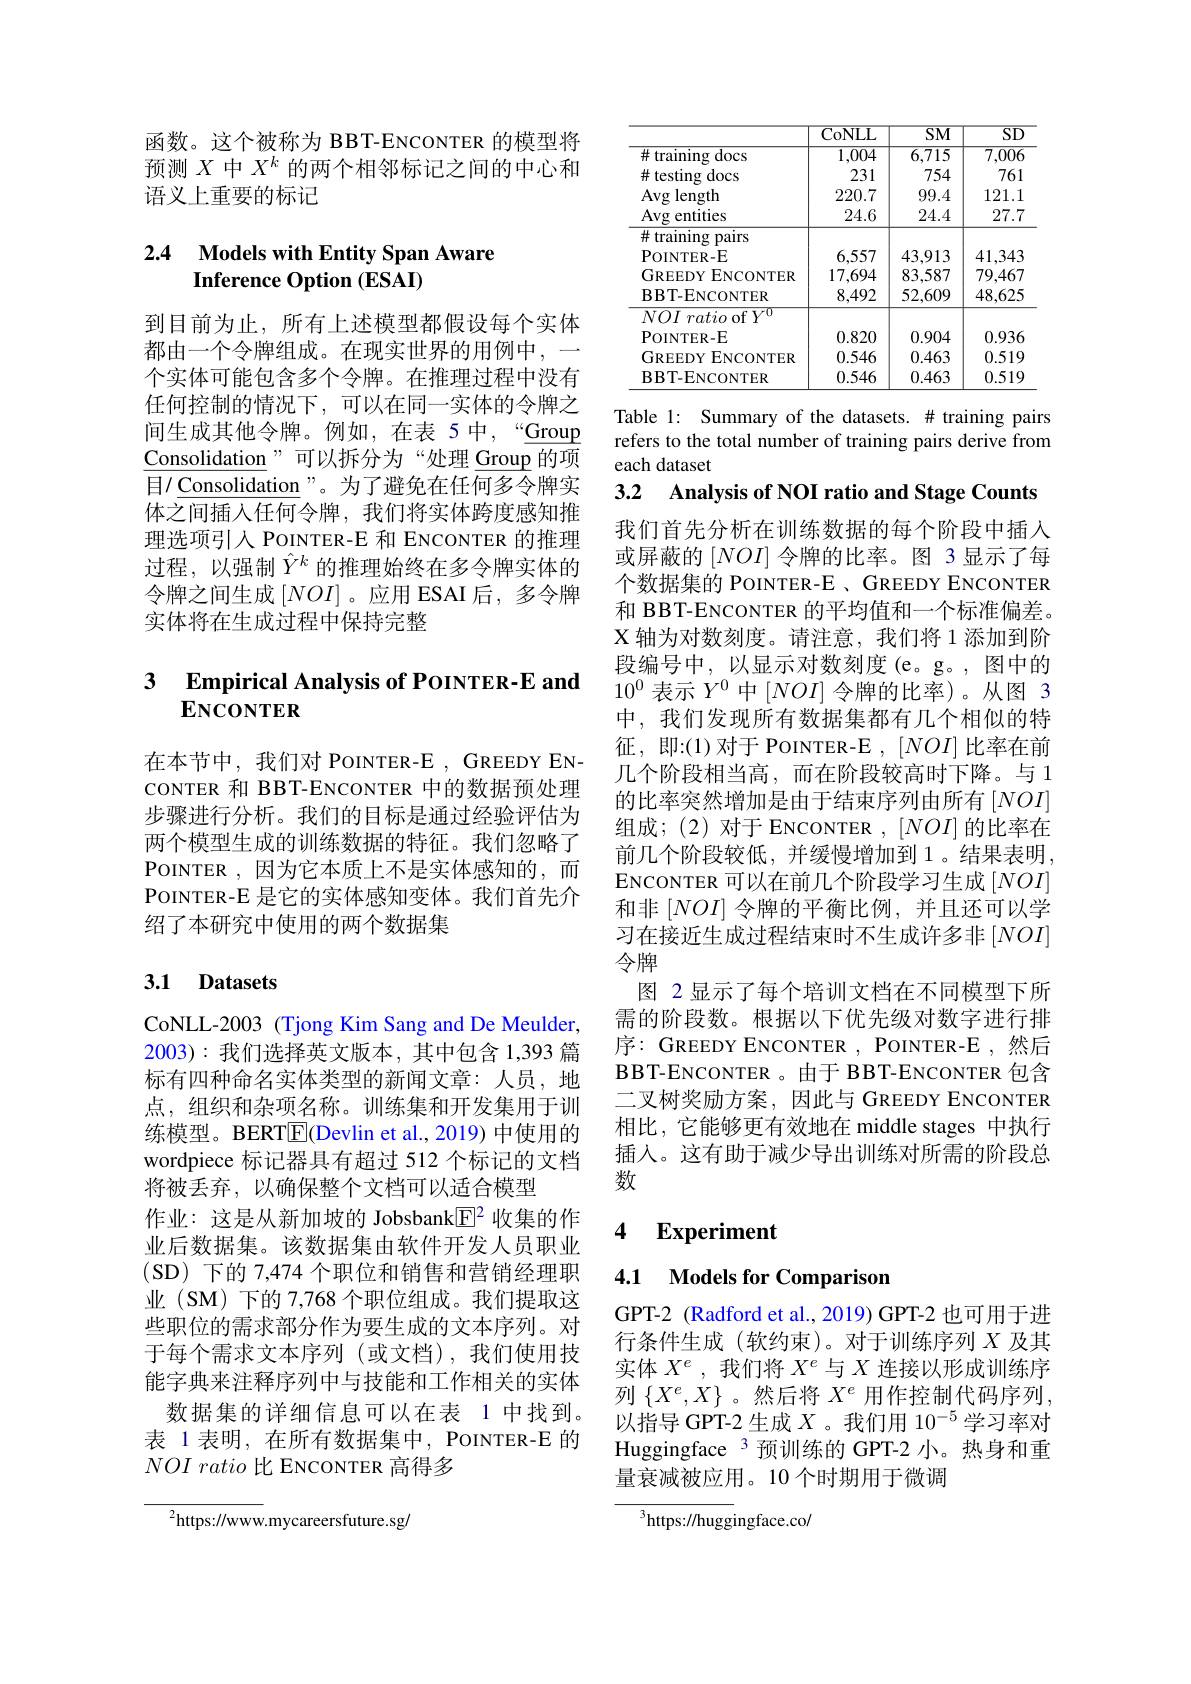
函数。这个被称为 BBT-ENCONTER 的模型将预测$X$中$X^k$的两个相邻标记之间的中心和语义上重要的标记

## 2.4 Models with Entity Span Aware Inference Option (ESAI)

到目前为止，所有上述模型都假设每个实体都由一个令牌组成。在现实世界的用例中，一个实体可能包含多个令牌。在推理过程中没有任何控制的情况下，可以在同一实体的令牌之间生成其他令牌。例如，在表 5中，“Group $\underline{\text{Consolidation"可以拆分为“处理}\underline{\text{Group }}}$的项目/ Consolidation”。为了避免在任何多令牌实体之间插入任何令牌，我们将实体跨度感知推理选项引人 POINTER-E 和 ENCONTER 的推理过程，以强制$\hat{Y}^k$的推理始终在多令牌实体的令牌之间生成$\left[NOI\right]$。应用 ESAI后，多令牌实体将在生成过程中保持完整

### 3 $\textbf{Empirical Analvsis of PoINTER- E and}$ ENCONTER

在本节中，我们对 POINTER-E , GREEDY ENCONTER 和 BBT-ENCONTER 中的数据预处理步骤进行分析。我们的目标是通过经验评估为两个模型生成的训练数据的特征。我们忽略了POINTER ,因为它本质上不是实体感知的，而POINTER-E 是它的实体感知变体。我们首先介绍了本研究中使用的两个数据集

## 3.1 Datasets

CoNLL-2003 (Tjong Kim Sang and De Meulder, 2003):我们选择英文版本，其中包含 1,393 篇标有四种命名实体类型的新闻文章：人员，地点，组织和杂项名称。训练集和开发集用于训练模型。BERT$\boxed{\mathrm{F}}$(Devlin et al., 2019) 中使用的wordpiece 标记器具有超过 512 个标记的文档将被丢弃，以确保整个文档可以适合模型
作业：这是从新加坡的 Jobsbank$\underline{\mathrm{E}}^{2}$收集的作业后数据集。该数据集由软件开发人员职业(SD)下的 7,474 个职位和销售和营销经理职业 (SM) 下的 7,768 个职位组成。我们提取这些职位的需求部分作为要生成的文本序列。对于每个需求文本序列(或文档),我们使用技能字典来注释序列中与技能和工作相关的实体
数据集的详细信息可以在表 1 中找到。表 1 表明，在所有数据集中，POINTER-E 的$NOI\textit{ratio 比 ENCONTER 高 得 多 }$

$^{2}$https://www.mycareersfuture.sg/

<table>
	<tbody>
		<tr>
			<th> </th>
			<th>CoNLL</th>
			<th>$\overline{\mathrm{SM}}$</th>
			<th>$\overline{\mathrm{SD}}$</th>
		</tr>
		<tr>
			<td>$\#$ training docs</td>
			<td>1,004</td>
			<td>6,715</td>
			<td>$\overline{7,006}$</td>
		</tr>
		<tr>
			<td>$\#$ testing docs</td>
			<td>231</td>
			<td>754</td>
			<td>761</td>
		</tr>
		<tr>
			<td>Avg length</td>
			<td>220.7</td>
			<td>99.4</td>
			<td>121.1</td>
		</tr>
		<tr>
			<td>Avg entities</td>
			<td>24.6</td>
			<td>24.4</td>
			<td>27.7</td>
		</tr>
		<tr>
			<td>$\#$training pairs</td>
			<td> </td>
			<td> </td>
			<td> </td>
		</tr>
		<tr>
			<td>POINTER- E</td>
			<td>6,557</td>
			<td>43,913</td>
			<td>41,343</td>
		</tr>
		<tr>
			<td>GREEDY E ENCONTER</td>
			<td>17,694</td>
			<td>83,587</td>
			<td>79,467</td>
		</tr>
		<tr>
			<td>$\mathbf{BBT-ENCONTER}$</td>
			<td>8,492</td>
			<td>52,609</td>
			<td>48,625</td>
		</tr>
		<tr>
			<td>GREEDY I ENCONTER</td>
			<td>0.546</td>
			<td>0.463</td>
			<td>0.519</td>
		</tr>
		<tr>
			<td>$\mathbf{BBT-ENCONTER}$</td>
			<td>0.546</td>
			<td>0.463</td>
			<td>0.519</td>
		</tr>
	</tbody>
</table>

Table 1: Summary of the datasets. # training pairs refers to the total number of training pairs derive from each dataset

3.2 $\textbf{Analysis of NOI ratio and Stage Counts}$ 我们首先分析在训练数据的每个阶段中插人或屏蔽的$[NOI]$令牌的比率。图 3 显示了每个数据集的 POINTER-E 、GREEDY ENCONTER 和 BBT-ENCONTER 的平均值和一个标准偏差。X 轴为对数刻度。请注意，我们将 1 添加到阶段编号中，以显示对数刻度(e。g。,图中的$10^0$表示$Y^0$中$[NOI]$令牌的比率)。从图 3中，我们发现所有数据集都有几个相似的特征，即：(1)对于 POINTER-E $,[NOI]$比率在前几个阶段相当高，而在阶段较高时下降。与 1的比率突然增加是由于结束序列由所有$[NOI]$ 组成；(2)对于 ENCONTER $,[NOI]$的比率在前几个阶段较低，并缓慢增加到1。结果表明， ENCONTER 可以在前几个阶段学习生成$[NOI]$ 和非$[NOI]$令牌的平衡比例，并且还可以学习在接近生成过程结束时不生成许多非$\left[NOI\right]$ 令牌
图 2 显示了每个培训文档在不同模型下所需的阶段数。根据以下优先级对数字进行排序：GREEDY ENCONTER , POINTER-E ,然后BBT-ENCONTER 。由于 BBT-ENCONTER 包含二叉树奖励方案，因此与 GREEDY ENCONTER 相比，它能够更有效地在 middle stages 中执行插人。这有助于减少导出训练对所需的阶段总数

# 4 Experiment

### 4.1 Models for Comparison

GPT-2 (Radford et al., 2019) GPT-2 也可用于进行条件生成(软约束)。对于训练序列$X$及其实体$X^e$ ,我们将$X^e$与$X$连接以形成训练序列$\{X^e,X\}$。然后将$X^e$用作控制代码序列， 以指导 GPT-2 生成$X$ 。我们用 10$^{-5}$学习率对Huggingface 3 预训练的 GPT-2 小。热身和重量衰减被应用。10个时期用于微调

$^{3}$https://huggingface.co/